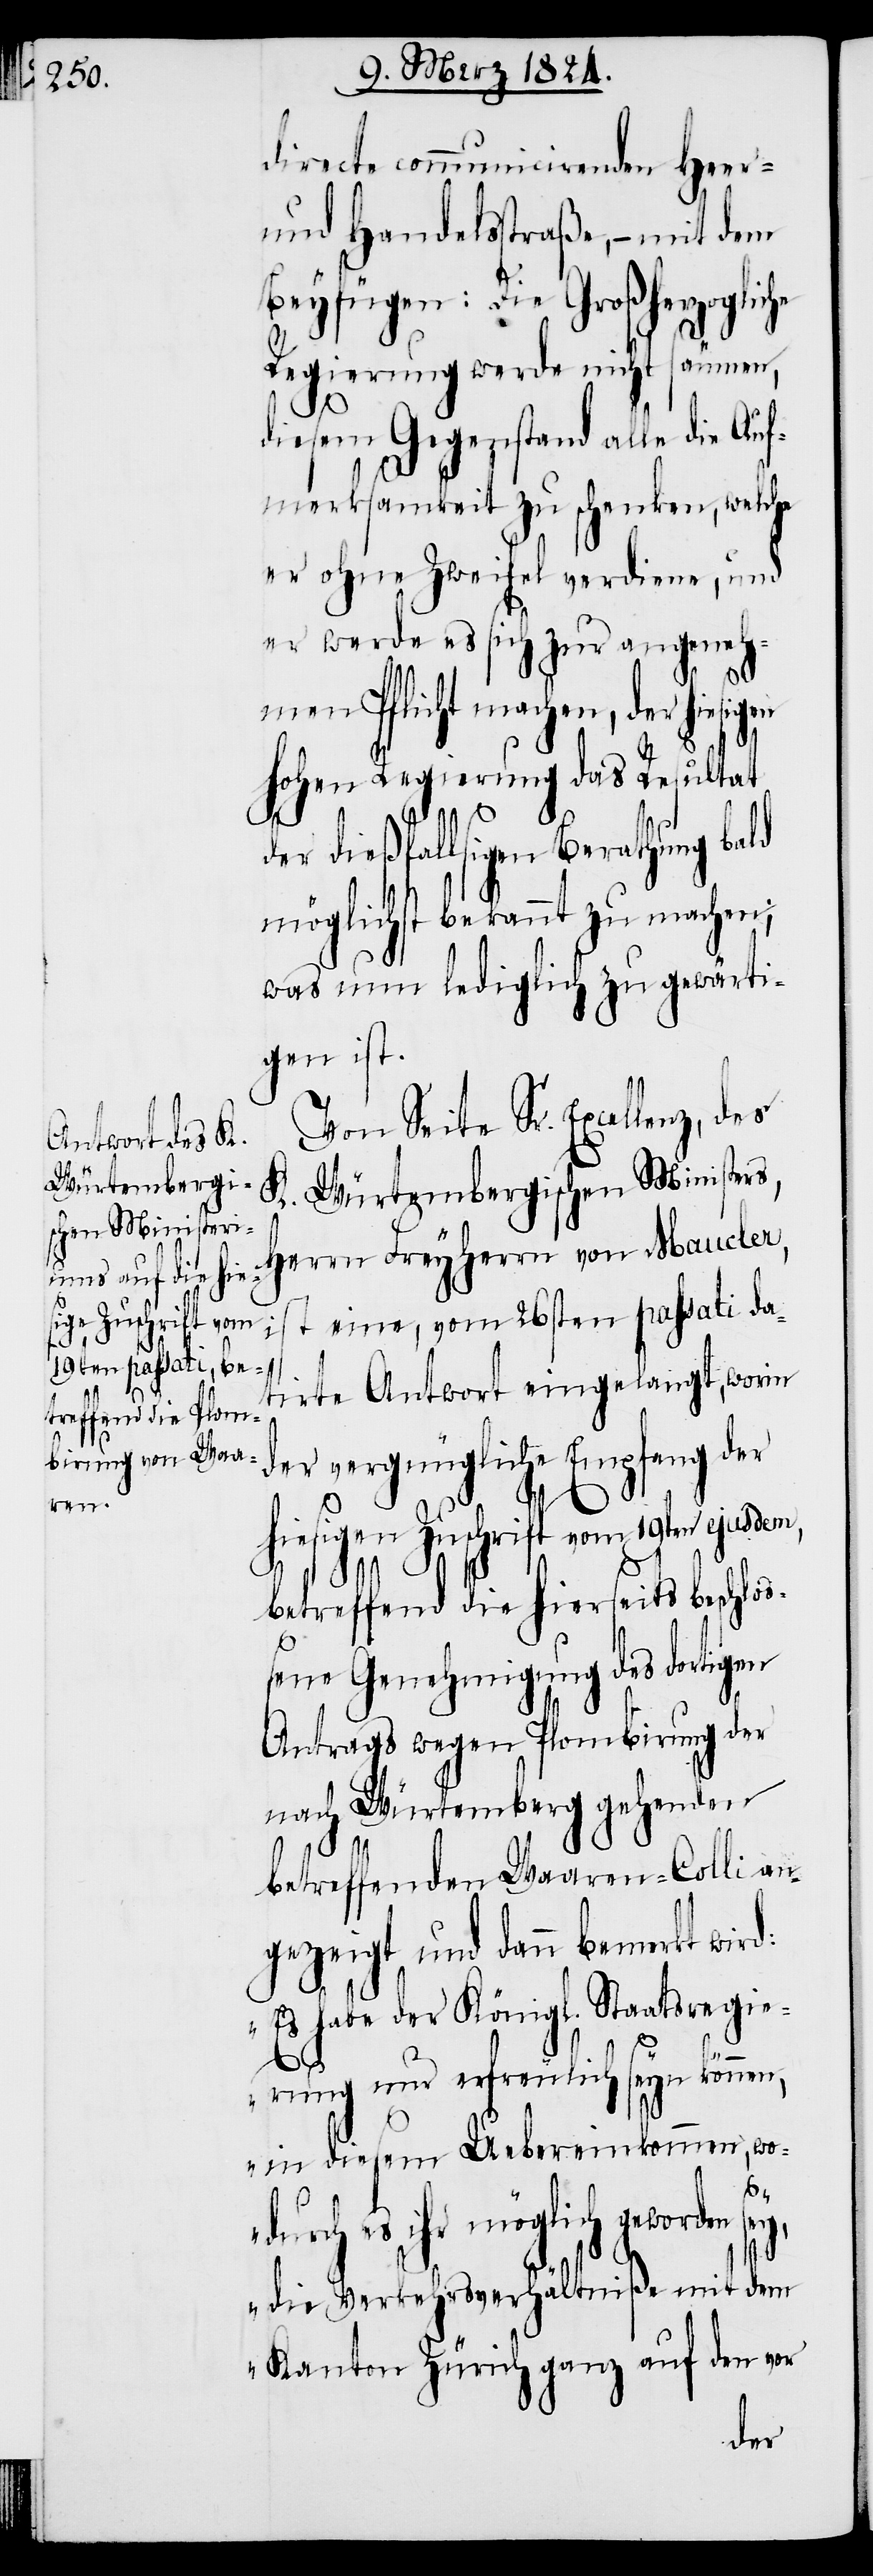
directe communicirenden Heer-
und Handelsstraße, – mit dem
Beyfügen: Die Großherzogliche
Regierung werde nicht säumen,
diesem Gegenstand alle die Auf¬
merksamkeit zu schenken, welche
er ohne Zweifel verdiene, und
er werde es sich zur angeneh¬
men Pflicht machen, der hie¬
hohen Regierung das Resultat
der dießfallsigen Berathung bald
möglichst bekannt zu machen;
was nun lediglich zu gewärti¬
gen ist.
Von Seite Sr. Exzellenz, des
K. Würtembergischen Ministers,
Herrn Freyherrn von Maucler,
ist eine, vom 26sten passati da¬
tirte Antwort eingelangt, worin
der vergnügliche Empfang der
hiesigen Zuschrift vom 19ten ejusdem,
betreffend die hierseits beschlo¬
ßene Genehmigung des dortigen
Antrags wegen Plombirung der
nach Würtemberg gehenden
betreffenden Waaren-Colli an¬
gezeigt und dann bemerkt wird:
„Es habe der Königl. Staatsregie¬
rung nur erfreulich seyn können,
in diesem Uebereinkommen, wo¬
sigen
durch es ihr möglich geworden
die Verkehrsverhältniße mit dem
Kanton Zürich ganz auf den vor